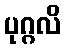
ပုဂ္ဂလိ